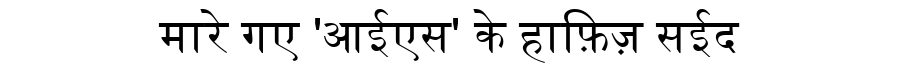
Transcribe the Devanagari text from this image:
मारे गए 'आईएस' के हाफ़िज़ सईद